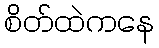
စိတ်ထဲကနေ